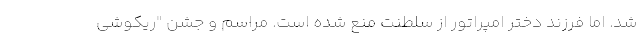
شد. اما فرزند دختر امپراتور از سلطنت منع شده است. مراسم و جشن "ریکوشی